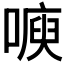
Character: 𭊙